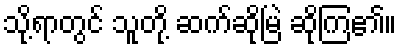
သို့ရာတွင် သူတို့ ဆက်ဆိုမြဲ ဆိုကြ၏။